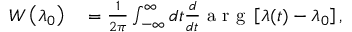
\begin{array} { r l } { W \left( \lambda _ { 0 } \right) } & { { } = \frac { 1 } { 2 \pi } \int _ { - \infty } ^ { \infty } d t \frac { d } { d t } \mathrm { ~ a ~ r ~ g ~ } \left[ \lambda ( t ) - \lambda _ { 0 } \right] , } \end{array}